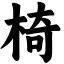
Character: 椅